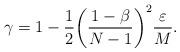
LaTeX: \begin{align*}\gamma = 1 - \frac{1}{2}\bigg(\frac{1-\beta}{N-1}\bigg)^2\frac{\varepsilon}{M}.\end{align*}